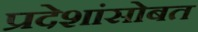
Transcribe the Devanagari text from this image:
प्रदेशांसोबत